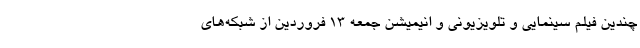
چندین فیلم‌ سینمایی و تلویزیونی و انیمیشن جمعه ۱۳ فروردین از شبکه‌های